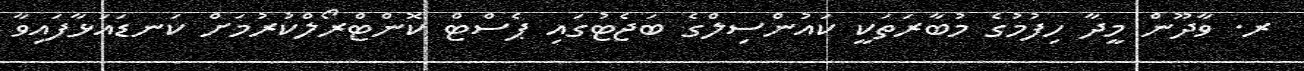
ރ. ވާދޫން މީދާ ހިފުމުގެ މުބާރަތަކީ ކައުންސިލްގެ ބަޖެޓުގައި ޕެސްޓް ކޮންޓްރޯލްކުރުމަށް ކަނޑައަޅާފައިވާ